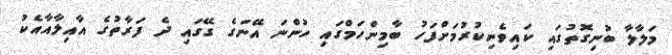
މަލާލާ ބުނިގޮތުގައި ކައިވެނިކުރުމަށްފަހު ބާމިންހަމްގައި ހުންނަ އޭނަގެ ގޭގައި ދެ ފަރާތުގެ އާއިލާއާއެކު